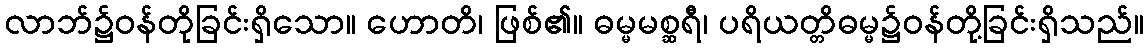
လာဘ်၌ဝန်တိုခြင်းရှိသော။ ဟောတိ၊ ဖြစ်၏။ ဓမ္မမစ္ဆရီ၊ ပရိယတ္တိဓမ္မ၌ဝန်တို့ခြင်းရှိသည်။